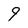
Character: 9